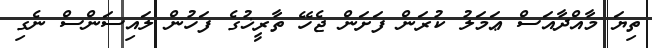
ތިޔަ މާއްދާއަސް ޢަމަލު ކުރަން ފަށަން ޖެހޭ ތާރީޚުގެ ފަހުން ލައިސަންސް ނެގި